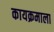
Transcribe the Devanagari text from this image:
कायक्रमाला